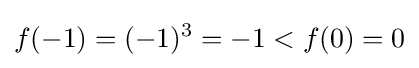
f(-1)=(-1)^{3}=-1<f(0)=0